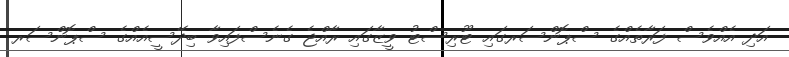
އަދި އެއްވެސް ފަރާތެއްގެ ސްޕޮންސަރގައި ޓޫރިސްޓު ވީޒާގައި ރާއްޖެ ގެނެސްފައިވާ ބިދޭސީއެއްގެ ސްޕޮންސަރ